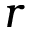
\boldsymbol { r }